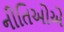
નીતિઓએ